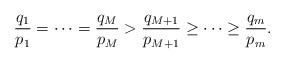
LaTeX: \begin{align*}\frac{q_1}{p_1} = \cdots = \frac{q_M}{p_M} > \frac{q_{M+1}}{p_{M+1}} \geq \cdots \geq \frac{q_m}{p_m}.\end{align*}